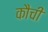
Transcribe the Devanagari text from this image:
कौची